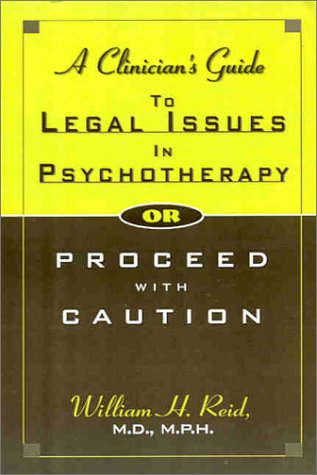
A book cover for A Clinician's Guide to Legal Issues in Psychotherapy, Or, Proceed With Caution; William H. Reid; Law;